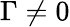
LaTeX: \Gamma\neq 0